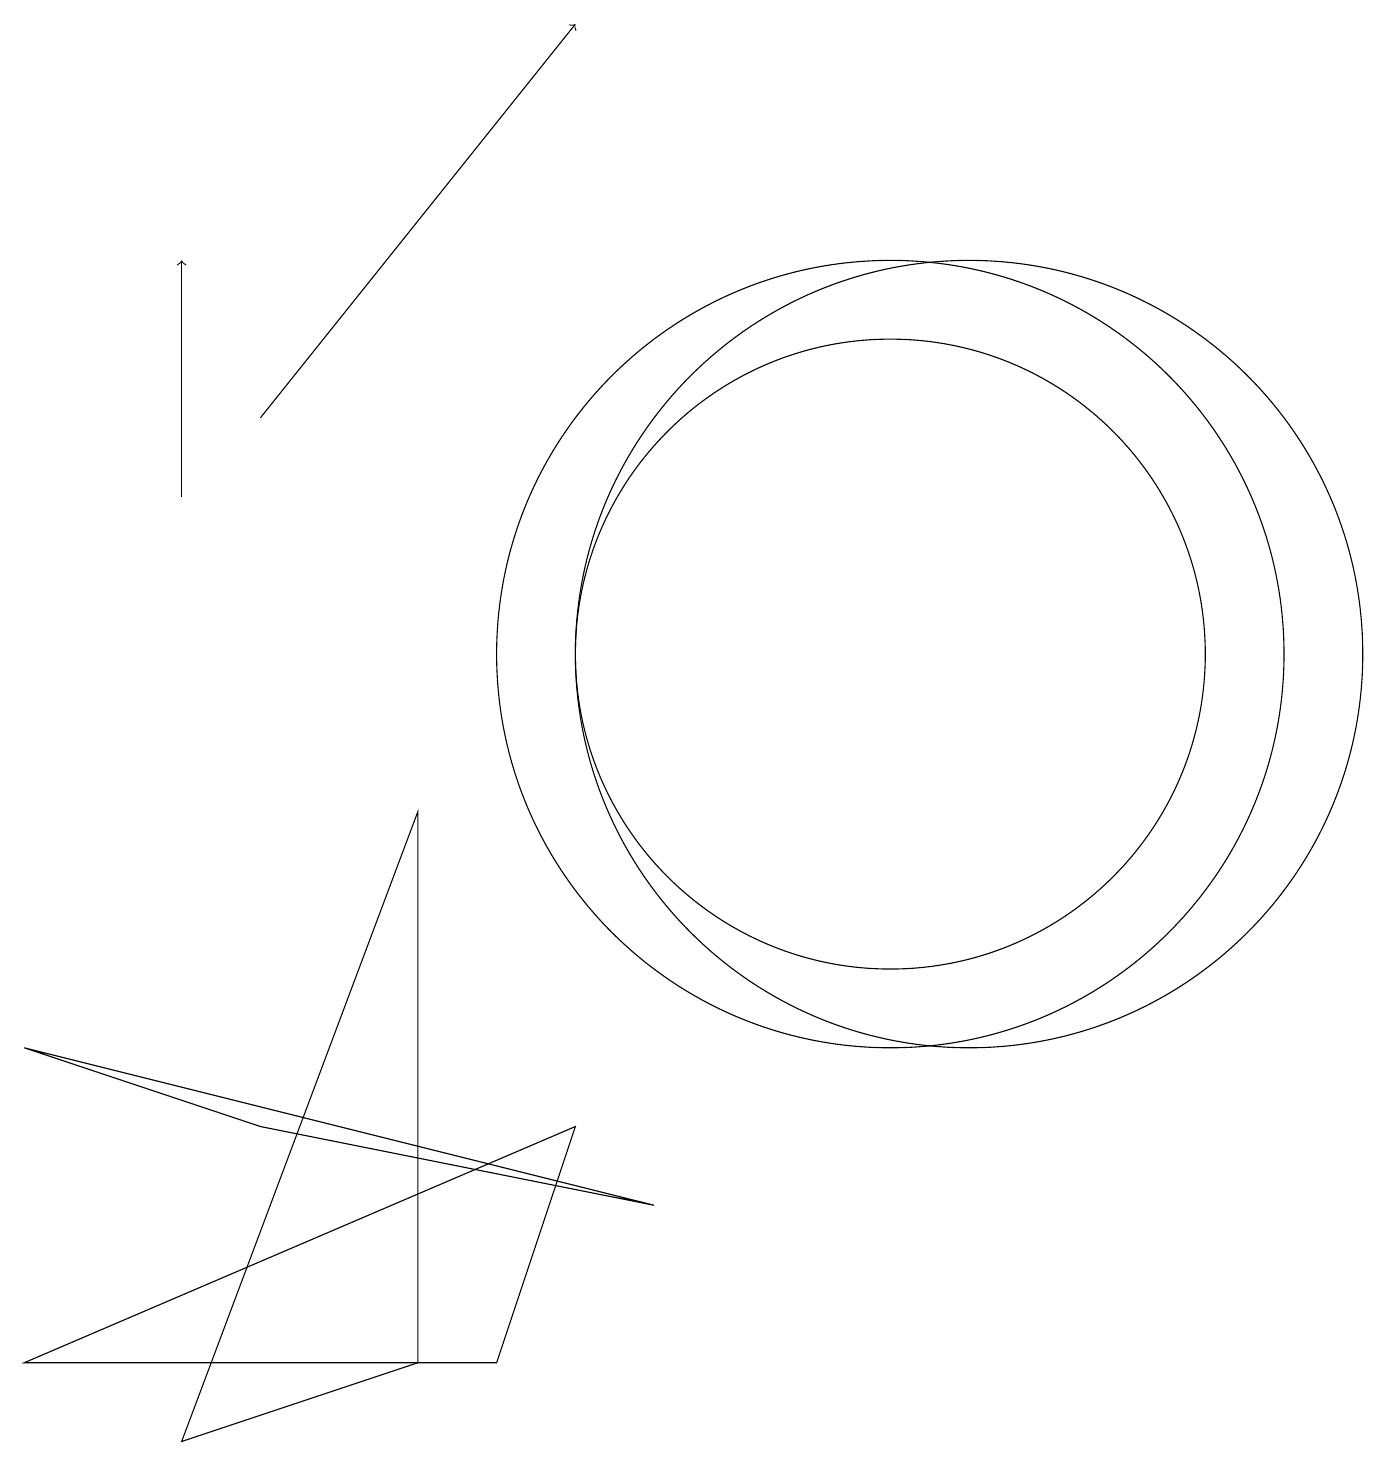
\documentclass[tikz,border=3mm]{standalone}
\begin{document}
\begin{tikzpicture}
\draw (2,0) -- (5,8) -- (5,1) -- cycle;
\draw[->] (2,12) -- (2,15);
\draw (12,10) circle (5);
\draw (7,4) -- (0,1) -- (6,1) -- cycle;
\draw (8,3) -- (3,4) -- (0,5) -- cycle;
\draw (11,10) circle (4);
\draw (11,10) circle (5);
\draw[->] (3,13) -- (7,18);
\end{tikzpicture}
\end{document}